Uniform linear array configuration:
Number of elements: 64
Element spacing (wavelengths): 0.5
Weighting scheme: uniform
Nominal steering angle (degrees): -60
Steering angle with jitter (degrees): -58.12
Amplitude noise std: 0.05
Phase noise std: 0.05

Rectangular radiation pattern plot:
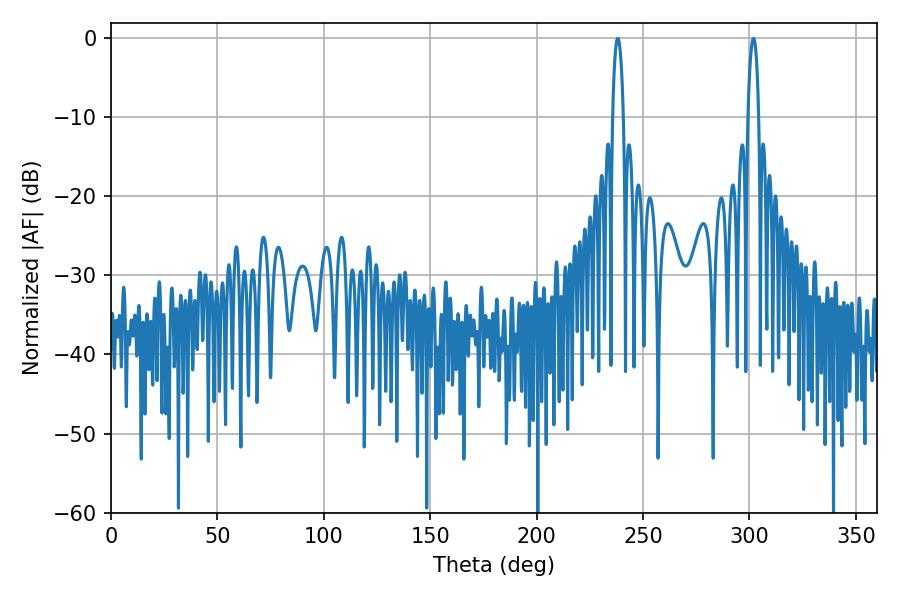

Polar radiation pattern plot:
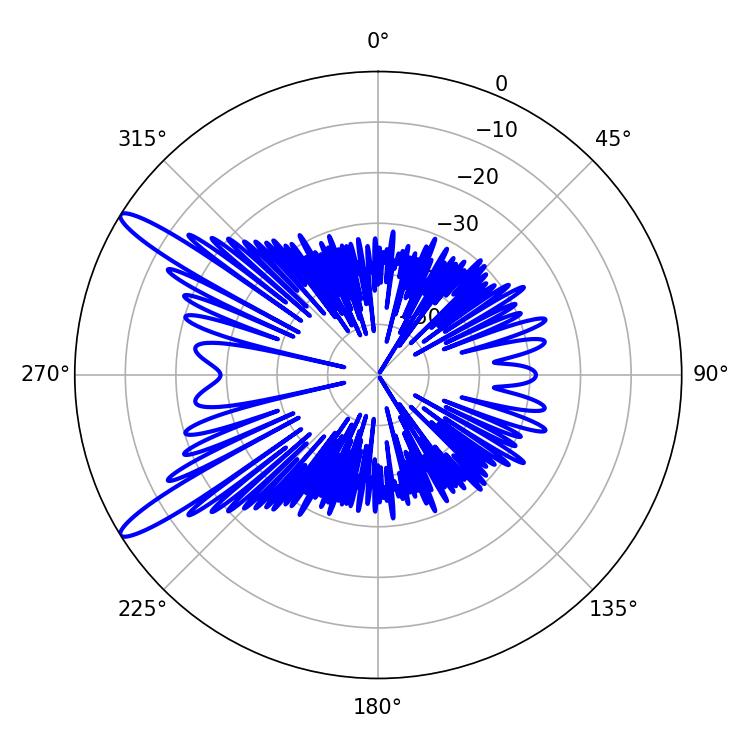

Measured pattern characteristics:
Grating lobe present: FALSE
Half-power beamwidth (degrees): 2.88
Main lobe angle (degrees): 238.14